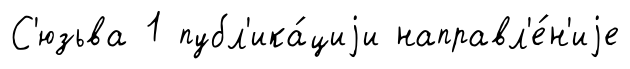
С'юзьва 1 публ'ика́циjи направл'е́н'иjе